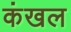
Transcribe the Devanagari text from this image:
कंखल